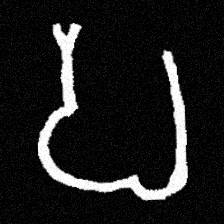
Pyu character \u2014 Myanmar letter: ပ (romanized: pa)